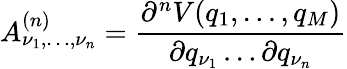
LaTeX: A_{\nu_{1},\dots,\nu_{n}}^{(n)}=\frac{\partial^{n}V(q_{1},\dots,q_{M})}{\partial q_{\nu_{1}}\dots\partial q_{\nu_{n}}}